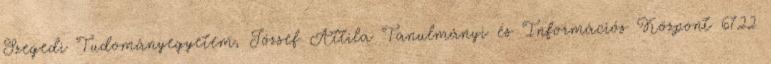
Szegedi Tudományegyetem, József Attila Tanulmányi és Információs Központ 6722